Report of the Hyderabad Chloroform Commission
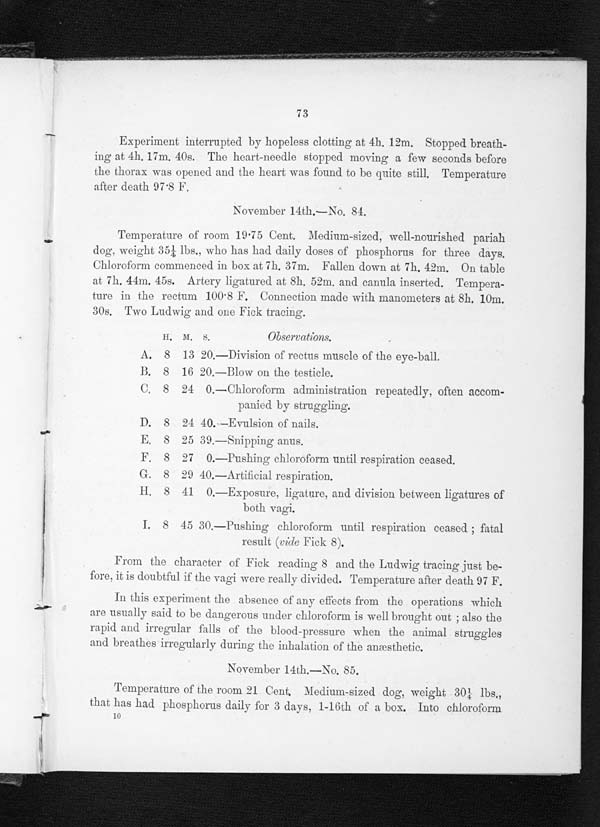
73
Experiment interrupted by hopeless clotting at 4h. 12m. Stopped breath-
ing at 4h. 17m. 40s. The heart-needle stopped moving a few seconds before
the thorax was opened and the heart was found to be quite still. Temperature
after death 97.8 F.
November 14th.—No. 84.
Temperature of room 19 . 75 Cent. Medium-sized, well-nourished pariah
dog, weight 35 1/4 lbs., who has had daily doses of phosphorus for three days.
Chloroform commenced in box at 7h. 37m. Fallen down at 7h. 42m. On table
at 7h. 44m. 45s. Artery ligatured at 8h. 52m. and canula inserted. Tempera-
ture in the rectum 100.8 F. Connection made with manometers at 8h. 10m.
30s. Two Ludwig and one Fick tracing.
H. M. S . Ob s e r v a t i o n s .
A. 8 13 20.—Division of rectus muscle of the eye-ball.
B. 8 16 20.—Blow on the testicle.
C. 8 24 0.—Chloroform administration repeatedly, often accom-
panied by struggling.
D. 8 24 40.—Evulsion of nails.
E. 8 25 39.—Snipping anus.
F. 8 27 0.—Pushing chloroform until respiration ceased.
G. 8 29 40.—Artificial respiration.
H. 8 41 0. —Exposure, l i gat ure, and di vi si on bet ween l i gat ures of
both vagi.
I. 8 45 30. —Pushing chloroform until respiration ceased fatal
result (vide Fick 8).
From the character of Fick reading 8 and the Ludwig tracing just
before, it is doubtful if the vagi were really divided. Temperature after death 97 F.
In this experiment the absence of any effects from the operations which
are usually said to lie dangerous under chloroform is well brought out also the
rapid and irregular falls of the blood-pressure when the animal struggles
and breathes irregularly during the inhalation of the anæsthetic.
November 14th.—No. 85.
Temperature of the room 21 Cent. Medium-sized dog, weight 30 1/4 lbs.,
that has had phosphorus daily for 3 days, 1-16th of a box. Into chloroform
10